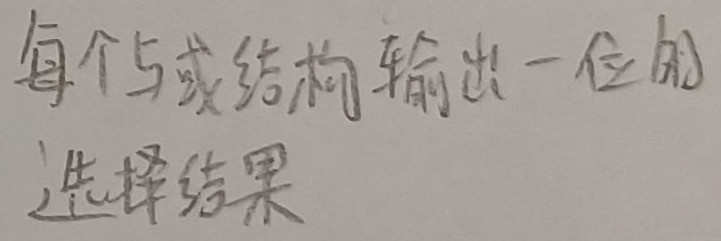
每个与或结构输出一位的选择结果